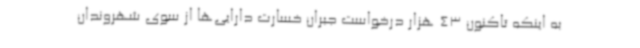
به اینکه تاکنون 43 هزار درخواست جبران خسارت دارایی‌ها از سوی شهروندان